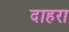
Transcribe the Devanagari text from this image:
दाहरा